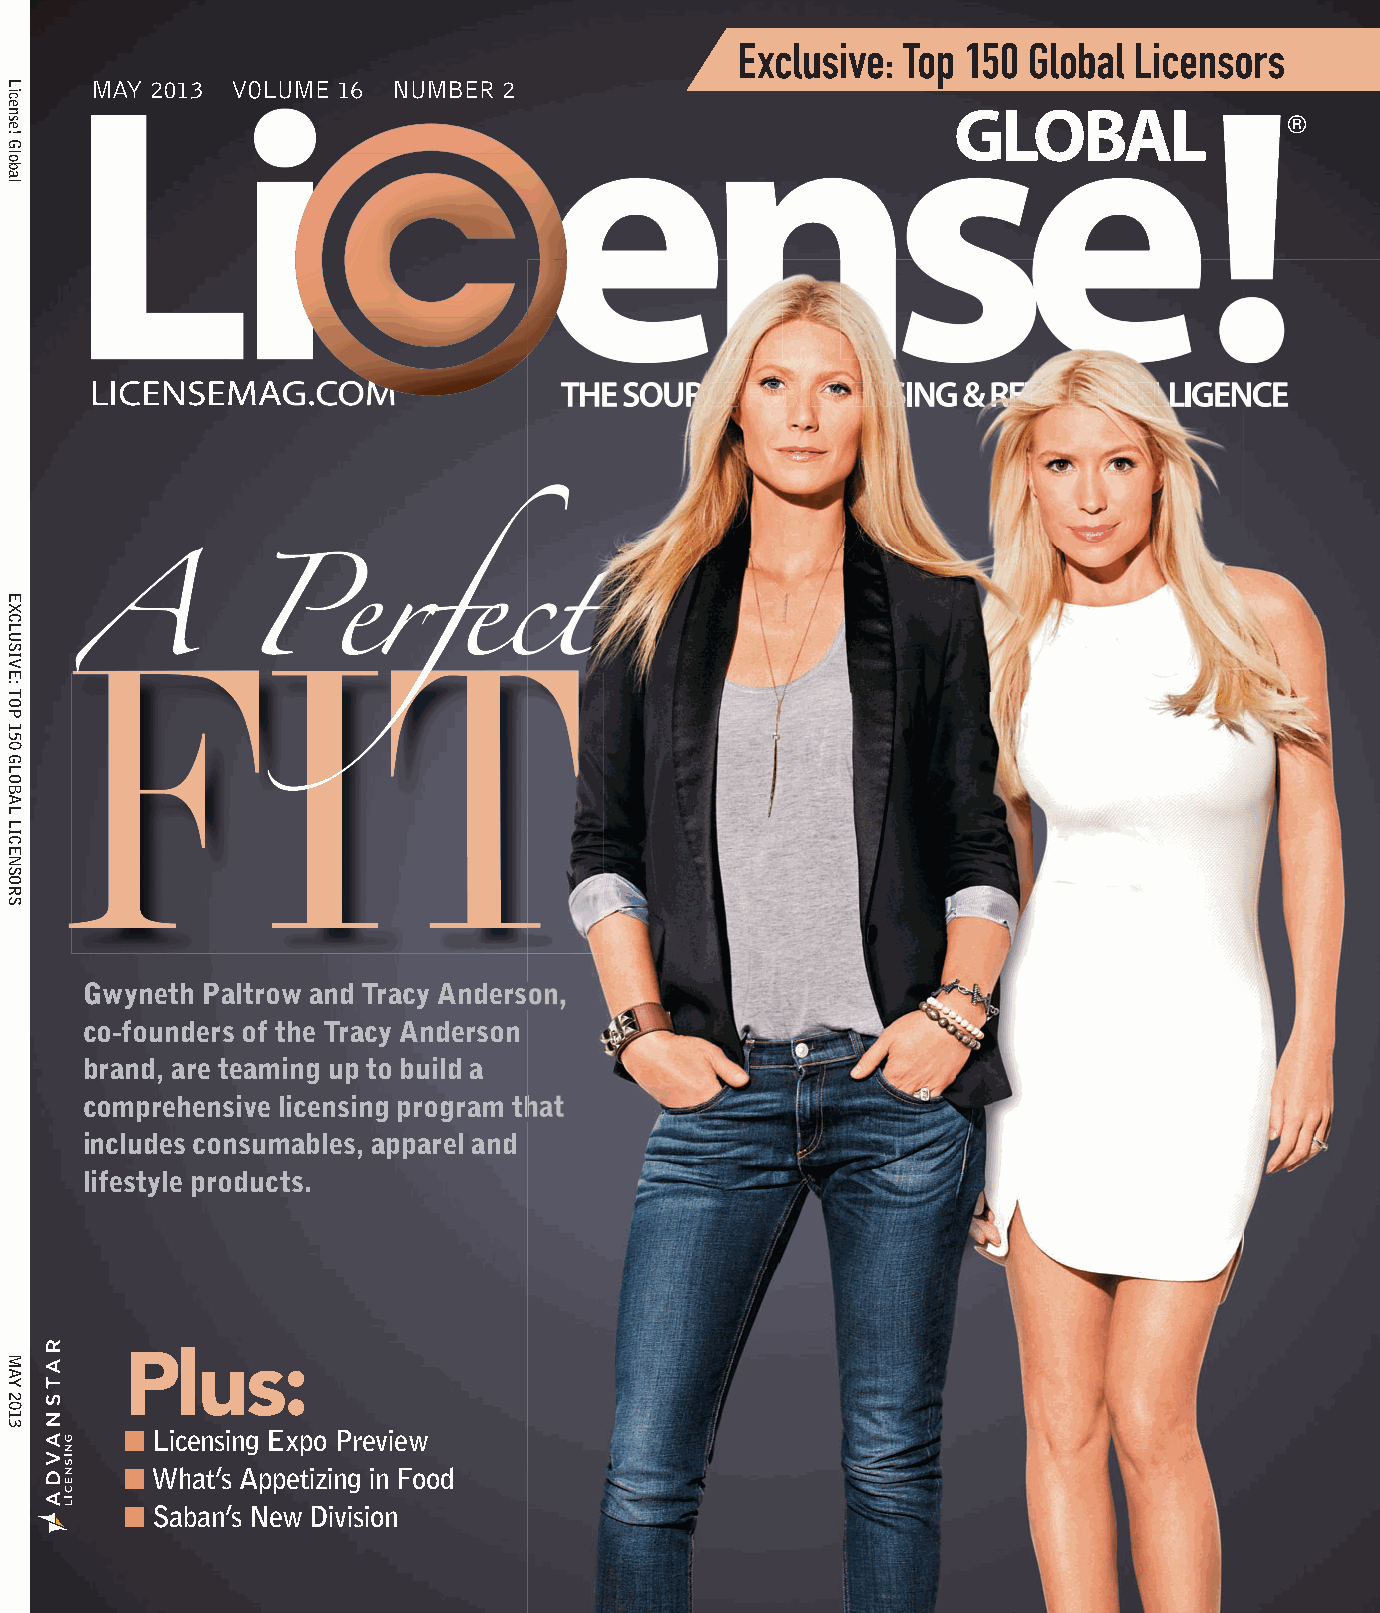
Exclusive: Top 150 Global Licensors
 MAY 2013 VOLUME 16  NUMBER 2
 ®
 Gwyneth Paltrow and Tracy Anderson,
 co-founders of the Tracy Anderson
 brand, are teaming up to build a
 comprehensive licensing program that
 includes consumables, apparel and
 lifestyle products.
 Plus:
 ■ Licensing Expo Preview
 ■ What’s Appetizing in Food
 ■ Saban’s New Division
 mbcyyelaaallcgonkewnta                              ES247719_lic0513_Cv1.pgs 05.08.2013 18:24 ADV
 License!
 Global
 EXCLUSIVE:
 TOP
 150
 GLOBAL
 LICENSORS
 MAY
 2013